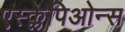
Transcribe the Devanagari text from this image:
एस्क्लेपिओन्स